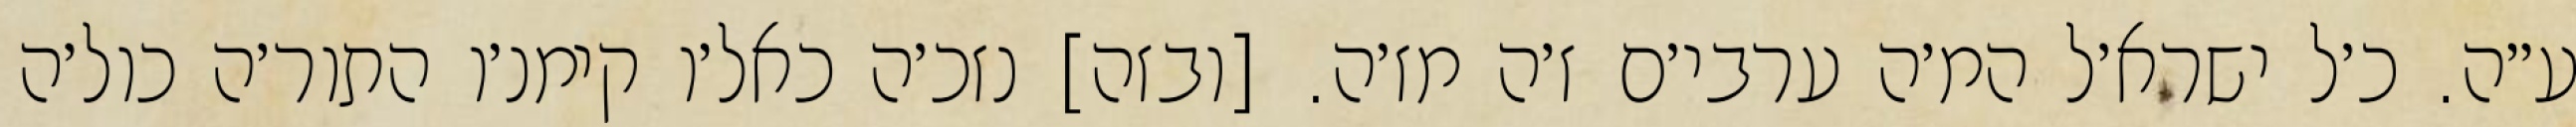
ע״ה. כ׳ל ישרא׳ל המ׳ה ערבי׳ם ז׳ה מז׳ה. [ובזה] נזכ׳ה כאל׳ו קימנ׳ו התור׳ה כול׳ה